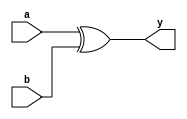
module xorgate(a,b,y);
input a,b;
output y;
assign y=a^b;
endmodule

module xorgate_tb;
reg a,b;
wire y;
xorgate uut(a,b,y);
parameter period =20 ;
initial begin
    $dumpfile("xor_tb.vcd");
    $dumpvars();
    a=0; b=0;
    #period;
    a=0; b=1;
    #period;
    a=1; b=0;
    #period;
    a=1; b=1;
    #period;
    $finish;
end
endmodule